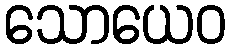
သောယေဝ